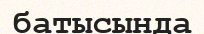
батысында